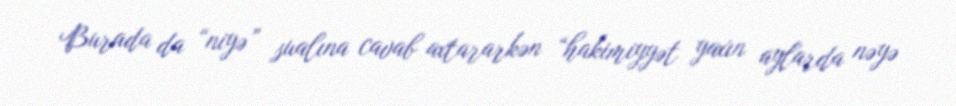
Burada da “niyə” sualına cavab axtararkən “hakimiyyət yaxın aylarda nəyə